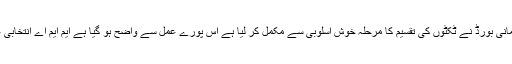
اب صوبائی پارلیمانی بورڈز کی سفارشات پر مرکزی پارلیمانی بورڈ نے ٹکٹوں کی تقسیم کا مرحلہ خوش اسلوبی سے مکمل کر لیا ہے اس پورے عمل سے واضح ہو گیا ہے ایم ایم اے انتخابی عمل کے لیے کتنی سنجیدگی سے اپنا کردار ادا کر رہی ہے۔